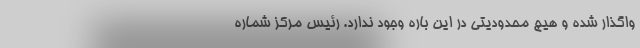
واگذار شده و هیچ محدودیتی در این باره وجود ندارد. رئیس مرکز شماره